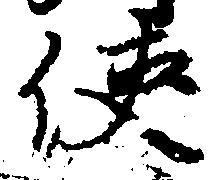
使